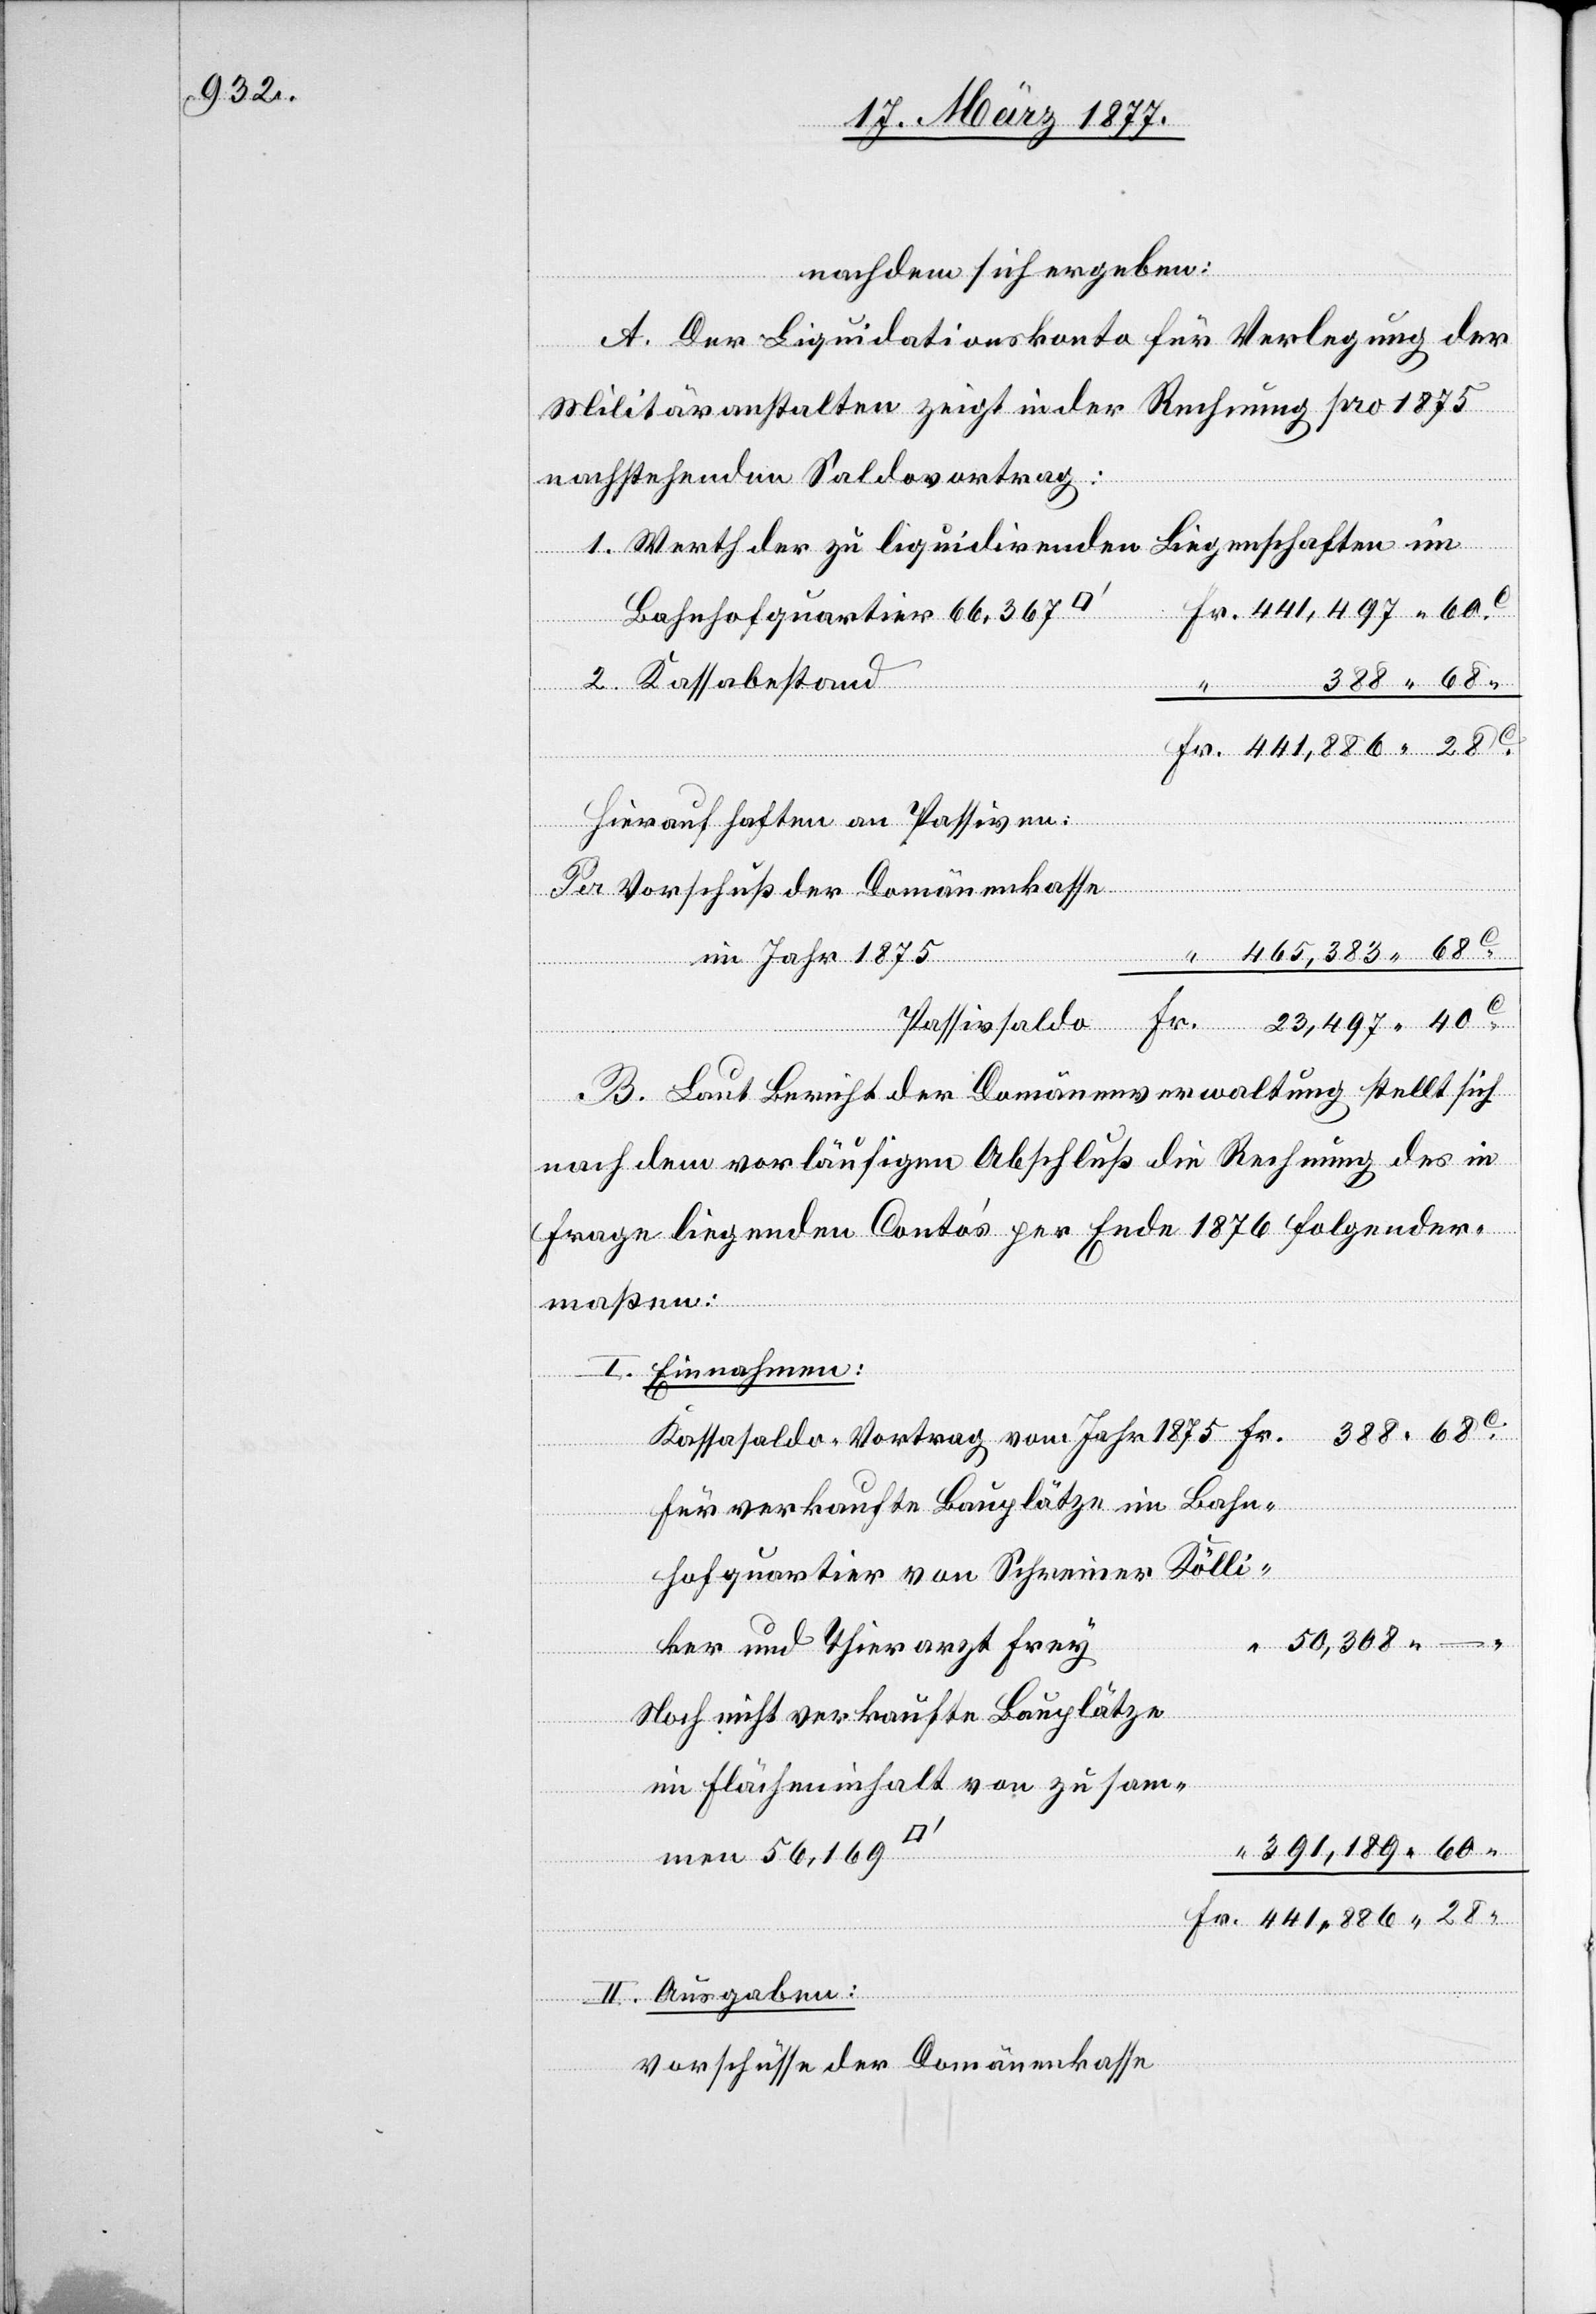
nachdem sich ergeben:
A. Der Liquidationskonto für Verlegung der
Militäranstalten zeigt in der Rechnung pro 1875
der
nachstehenden Saldovortrag:
1. Werth der zu liquidirenden Liegenschaften im
388 68
2. Kassabestand
C
Hierauf haften an Passiven:
Per Vorschuß der Domänenkasse
465,383 68
m Jahr 1875
Domänenkasse
B. Laut Bericht der Domänenverwaltung stellt sich
nach dem vorläufigen Abschluß die Rechnung des in
Frage liegenden Conto’s per Ende 1876 folgender¬
maßen:
I. Einnahmen:
vo¬
Für verkaufte Bauplätze im Bahn¬
hofquartier von Schreiner Kölli¬
ker und Thierarzt Frey
Noch nicht verkaufte Bauplätze
im Flächeninhalt von zusam¬
28
391,189 60
men 56,169
II. Ausgaben: